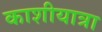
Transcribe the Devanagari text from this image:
काशीयात्रा